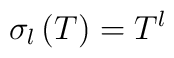
\sigma _{l}\left( T\right) =T^{l}